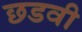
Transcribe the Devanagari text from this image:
छडवी